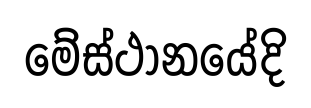
මේස්ථානයේදි